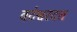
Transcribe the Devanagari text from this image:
वटेश्वरदत्त